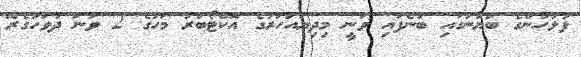
ފުލުހުންގެ ބަޔާނުގައި ބުނެފައި ވަނީ މިދިޔައަހަރުގެ އޮކްޓޯބަރު މަހުގެ 2 ވަނަ ދުވަހުގެރޭ